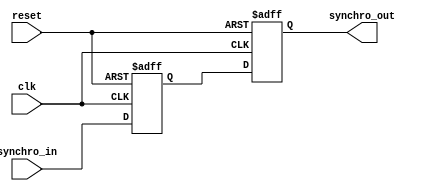
module Synchro_2 (synchro_out, synchro_in, clk, reset);
  output	synchro_out;
  input		synchro_in;
  input		clk, reset;
  reg 		A_temp, synchro_out;
  
  always @ (posedge clk or posedge reset) begin   // Two stage pipeline synchronizer
    if (reset) begin A_temp <= 0; synchro_out <= 0; end
    else begin A_temp <= synchro_in; 
      synchro_out <= A_temp;
    end
 end
endmodule